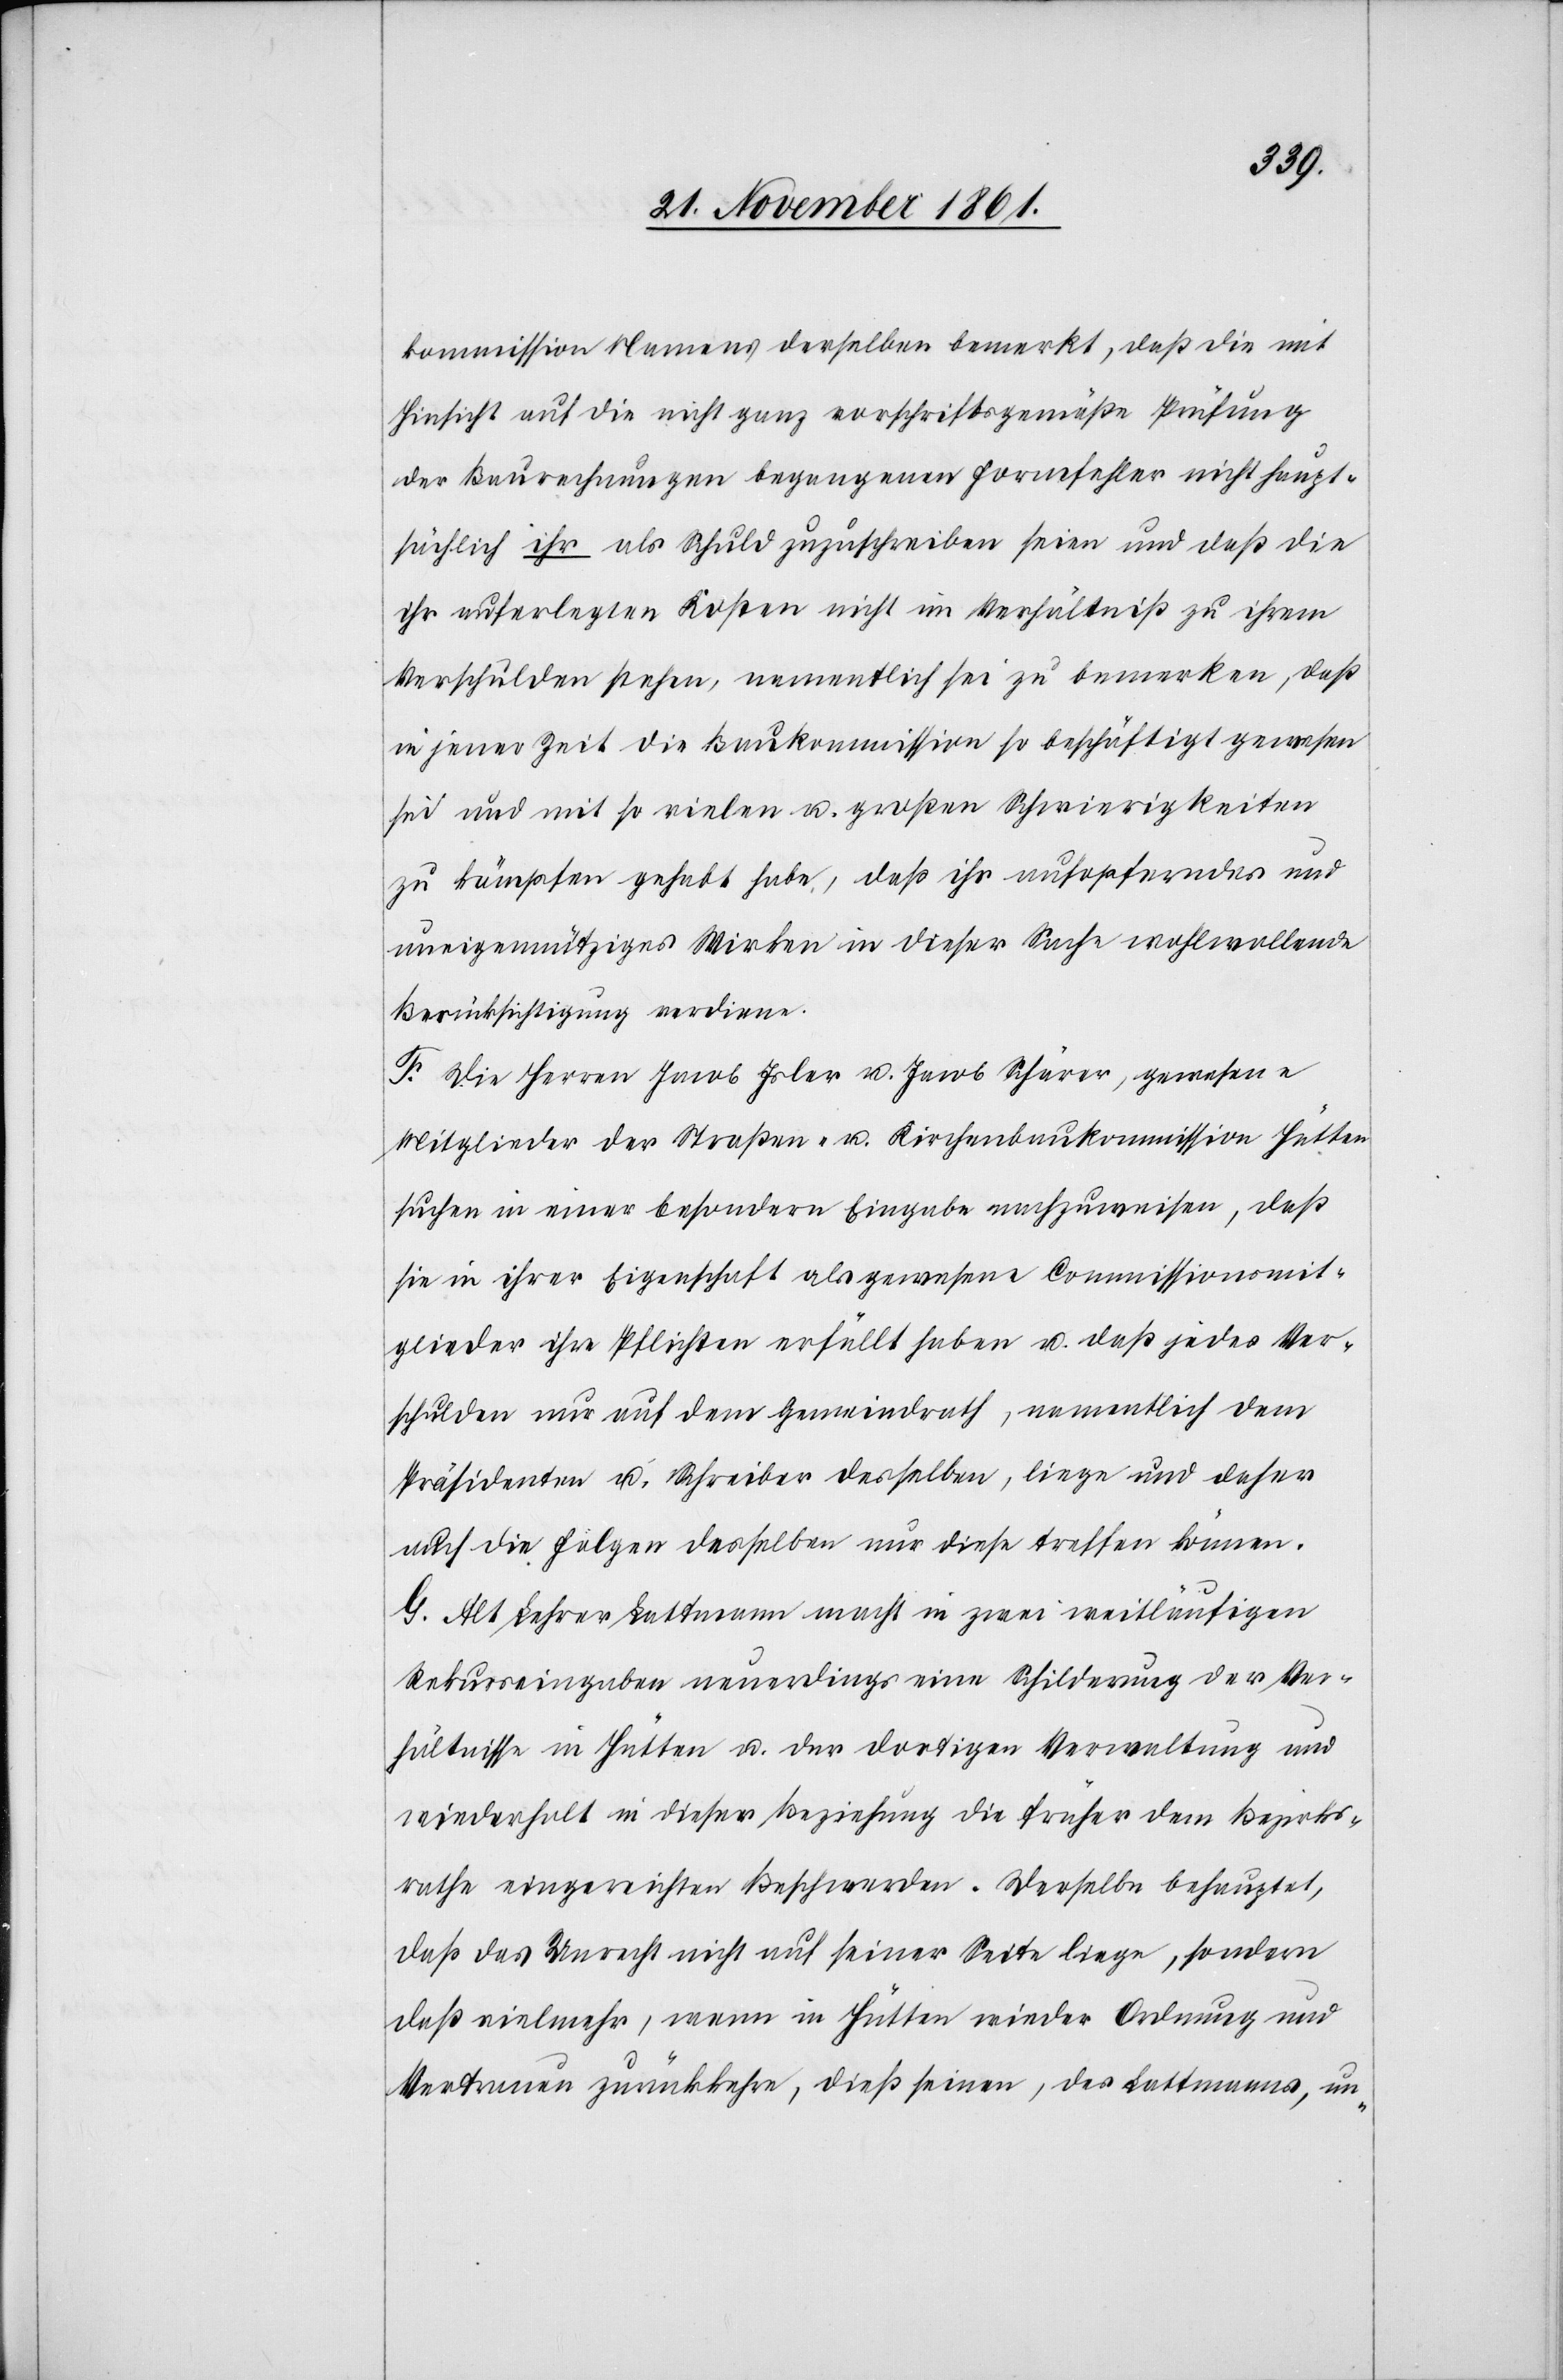
kommission Namens derselben bemerkt, daß die mit
Hinsicht auf die nicht ganz vorschriftsgemäße Prüfung
der Baurechnungen begangenen Formfehler nicht haupt¬
sächlich ihr als Schuld zuzuschreiben seien und daß die
ihr unterlegten Kosten nicht im Verhältniß zu ihrem
Verschulden stehen, namentlich sei zu bemerken, daß
in jener Zeit die Baukommission so beschäftigt gewesen
sei und mit so vielen u. großen Schwierigkeiten
zu kämpfen gehabt habe, daß ihr aufopferndes und
uneigennütziges Wirken in dieser Sache wohlwollende
Berücksichtigung verdiene.
F. Die Herren Jacob Isler u. Jacob Schärer, gewesene
Mitglieder der Straßen- u. Kirchenbaukommission Hütten
suchen in einer besondern Eingabe nachzuweisen, daß
sie in ihrer Eigenschaft als gewesene Commissionmit¬
glieder ihre Pflichten erfüllt haben u. daß jedes Ver¬
schulden nur auf dem Gemeindrath, namentlich dem
Präsidenten u. Schreiber desselben, liege und daher
auf die Folgen desselben nur diese treffen können.
G. Alt Lehrer Lattmann macht in zwei weitläufigen
Rekurseingaben neuerdings eine Schilderung der Ver¬
hältnisse in Hütten u. der dortigen Verwaltung und
wiederholt in dieser Beziehung die früher dem Bezirks¬
rathe eingereichten Beschwerden. Derselbe behauptet,
daß das Unrecht nicht auf seiner Seite liege, sondern
daß vielmehr, wenn in Hütten wieder Ordnung und
Vertrauen zurückkehre, dieß seinen, des Lattmanns, un-